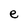
Character: e